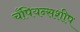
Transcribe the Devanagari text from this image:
चँपियन्सशीप